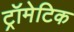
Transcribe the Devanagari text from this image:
ट्रॉमेटिक